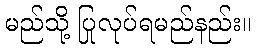
မည်သို့ ပြုလုပ်ရမည်နည်း။